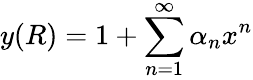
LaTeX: y(R)=1+\sum_{n=1}^{\infty}\alpha_{n}x^{n}